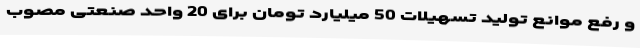
و رفع موانع تولید تسهیلات 50 میلیارد تومان برای 20 واحد صنعتی مصوب